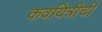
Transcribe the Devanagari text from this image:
कवयित्रीची